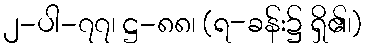
၂-ပါ-၇၇၊ ဋ္ဌ-၈၈၊ (ရ-ခန်း၌ ရှိ၏၊)